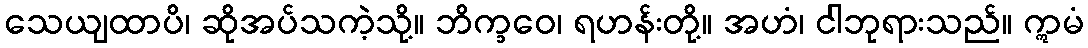
သေယျထာပိ၊ ဆိုအပ်သကဲ့သို့။ ဘိက္ခဝေ၊ ရဟန်းတို့။ အဟံ၊ ငါဘုရားသည်။ ဣမံ